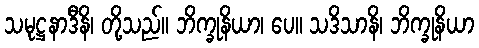
သမုဋ္ဌနာဒီနိ၊ တို့သည်။ ဘိက္ခုနိယာ၊ ပေ။ သဒိသာနိ၊ ဘိက္ခုနိယာ